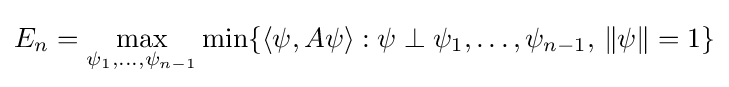
E_{n}=\max _{\psi _{1},\ldots ,\psi _{n-1}}\min\{\langle \psi ,A\psi \rangle :\psi \perp \psi _{1},\ldots ,\psi _{n-1},\,\|\psi \|=1\}